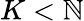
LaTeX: K<\mathbb{N}